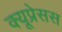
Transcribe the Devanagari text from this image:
क्यूप्रेसस